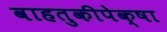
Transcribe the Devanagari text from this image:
वाहतुकीपेक्षा